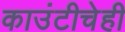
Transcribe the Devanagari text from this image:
काउंटीचेही